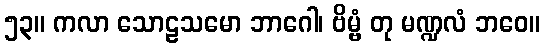
၅၃။ ကလာ သောဠသမော ဘာဂေါ၊ ဗိမ္ဗံ တု မဏ္ဍလံ ဘဝေ။